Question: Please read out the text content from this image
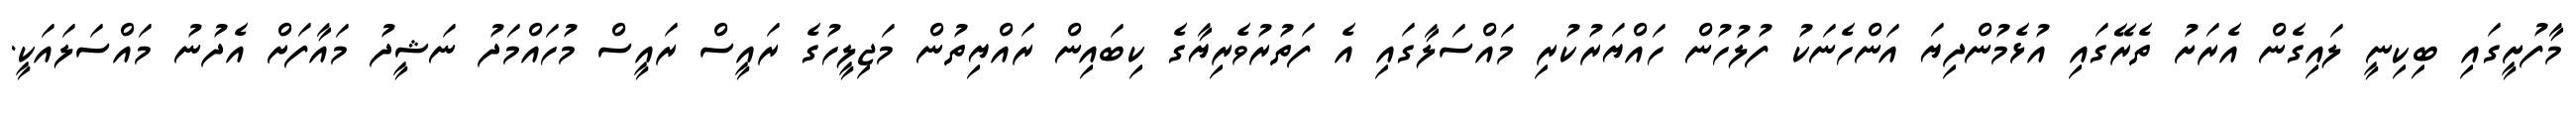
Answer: މާފުށީގައި ބިކިނީ ލައިގެން އެރަށު ތެރޭގައި އުޅެމުންދިޔަ އަންހެނަކު ފުލުހުން ހައްޔަރުކުރި މައްސަލާގައި އެ ފަތުރުވެރިޔާގެ ކިބައިން ރައްޔިތުން މަޖިލީހުގެ ރައީސް ރައީސް މުހައްމަދު ނަޝީދު މައާފަށް އެދުނު މައްސަލައަކީ.